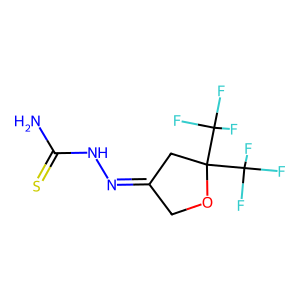
SMILES: NC(=S)NN=C1COC(C(F)(F)F)(C(F)(F)F)C1
Inhibits HIV replication: No